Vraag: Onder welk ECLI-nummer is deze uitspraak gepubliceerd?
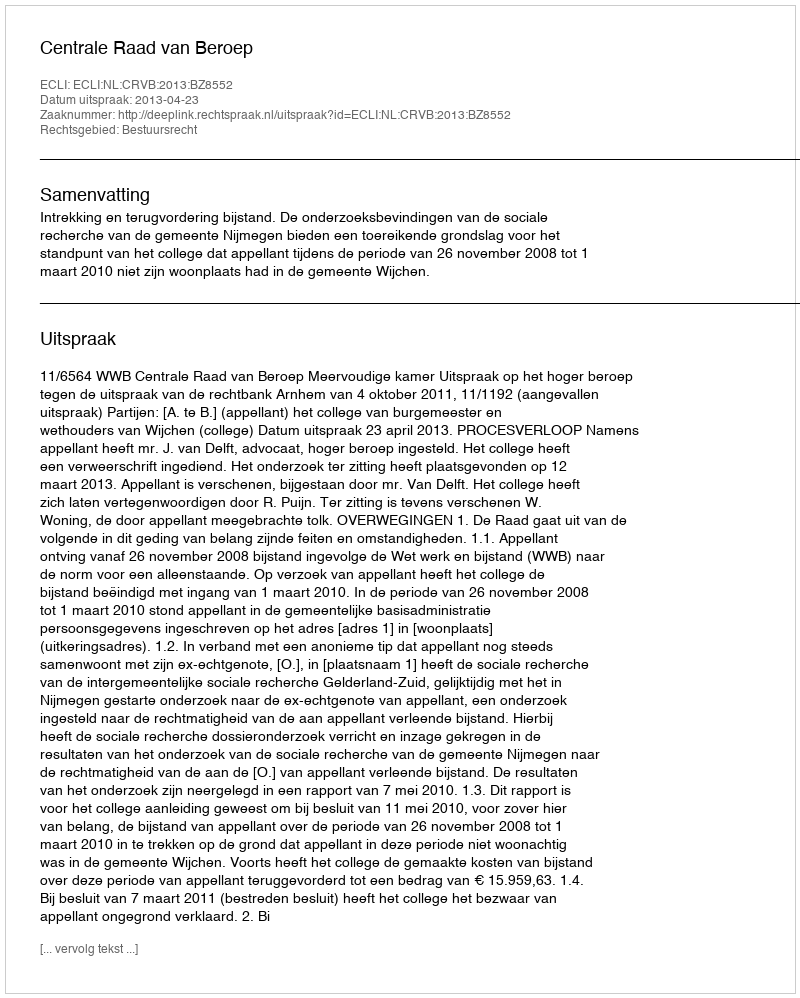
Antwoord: ECLI:NL:CRVB:2013:BZ8552